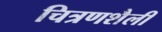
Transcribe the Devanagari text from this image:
चित्रणशैली